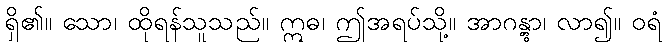
ရှိ၏။ သော၊ ထိုရန်သူသည်။ ဣဓ၊ ဤအရပ်သို့။ အာဂန္တွာ၊ လာ၍။ ဝရံ